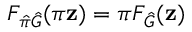
F _ { \hat { \pi } \hat { G } } ( \pi \mathbf { z } ) = \pi F _ { \hat { G } } ( \mathbf { z } )